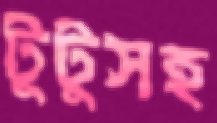
টুটুসহ